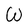
Character: W